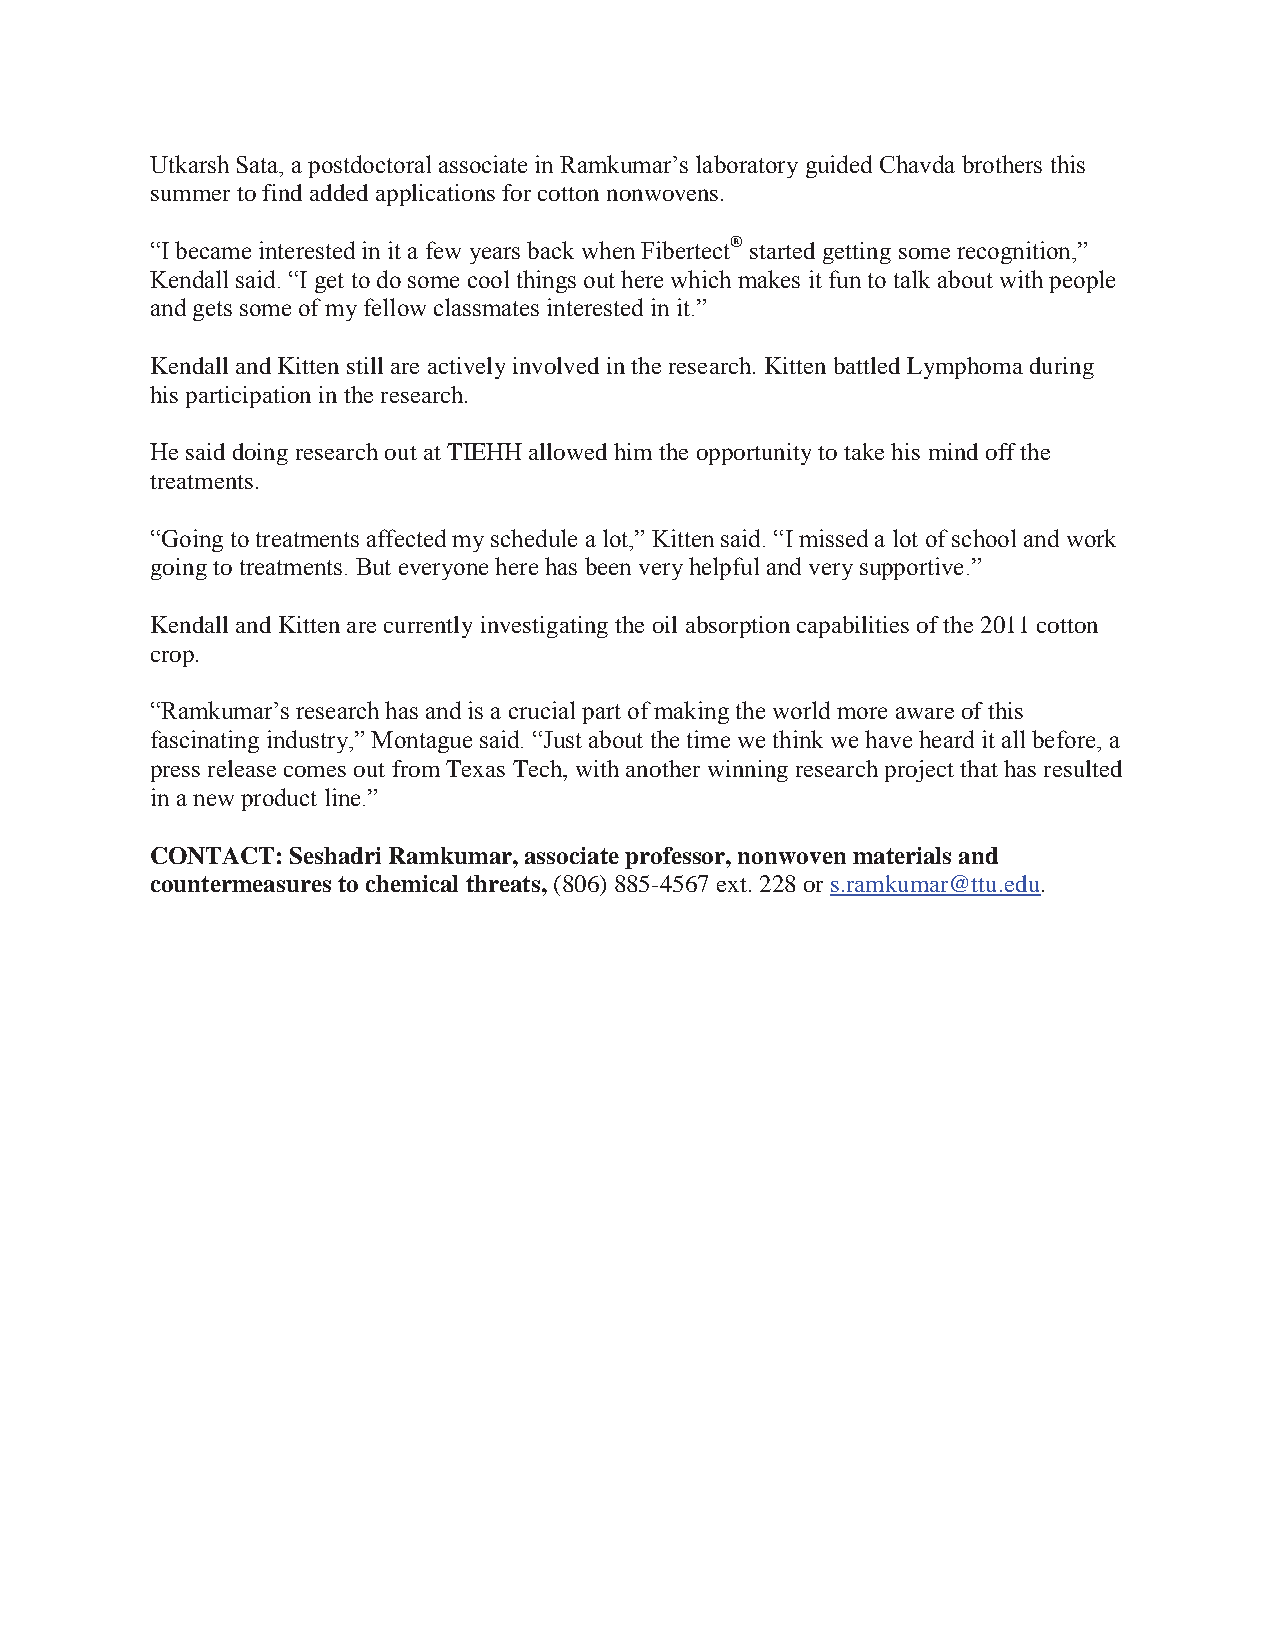
Utkarsh Sata, a postdoctoral associate in Ramkumar’s laboratory guided Chavda brothers this
 summer to find added applications for cotton nonwovens.
 “I became interested in it a few years back when Fibertect® started getting some recognition,”
 Kendall said. “I get to do some cool things out here which makes it fun to talk about with people
 and gets some of my fellow classmates interested in it.”
 Kendall and Kitten still are actively involved in the research. Kitten battled Lymphoma during
 his participation in the research.
 He said doing research out at TIEHH allowed him the opportunity to take his mind off the
 treatments.
 “Going to treatments affected my schedule a lot,” Kitten said. “I missed a lot of school and work
 going to treatments. But everyone here has been very helpful and very supportive.”
 Kendall and Kitten are currently investigating the oil absorption capabilities of the 2011 cotton
 crop.
 “Ramkumar’s research has and is a crucial part of making the world more aware of this
 fascinating industry,” Montague said. “Just about the time we think we have heard it all before, a
 press release comes out from Texas Tech, with another winning research project that has resulted
 in a new product line.”
 CONTACT: Seshadri Ramkumar, associate professor, nonwoven materials and
 countermeasures to chemical threats, (806) 885-4567 ext. 228 or s.ramkumar@ttu.edu.